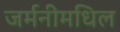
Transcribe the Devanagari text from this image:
जर्मनीमधिल